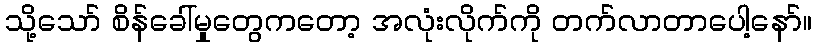
သို့သော် စိန်ခေါ်မှုတွေကတော့ အလုံးလိုက်ကို တက်လာတာပေါ့နော်။